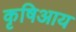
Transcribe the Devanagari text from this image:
कृषिआय